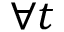
\forall t